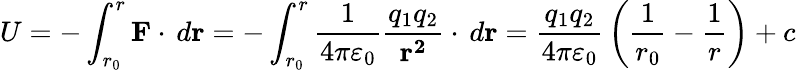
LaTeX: U=-\int_{r_{0}}^{r}\mathbf{F}\cdot\, d\mathbf{r}=-\int_{r_{0}}^{r}{\frac{1}{4\pi\varepsilon_{0}}}{\frac{q_{1}q_{2}}{\mathbf{r^{2}}}}\cdot\, d\mathbf{r}={\frac{q_{1}q_{2}}{4\pi\varepsilon_{0}}}\left({\frac{1}{r_{0}}}-{\frac{1}{r}}\right)+c